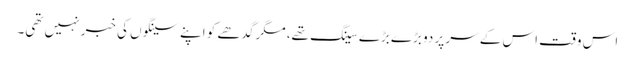
اس وقت اس کے سر پر دو بڑے بڑے سینگ تھے، مگر گدھے کو اپنے سینگوں کی خبر نہیں تھی۔